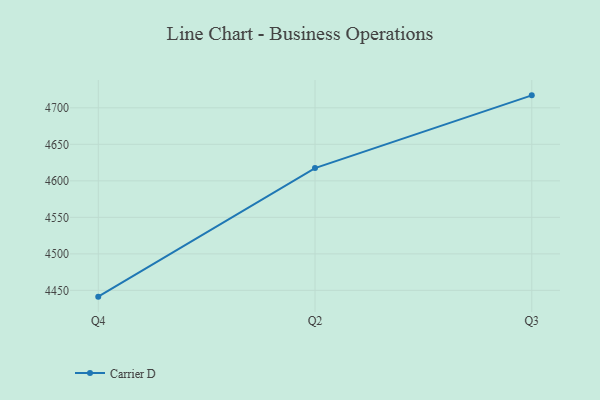
{"axis": {"x": "Quarter", "y": "LTV (USD)"}, "legend": ["Carrier D"], "data": [{"x": "Q4", "y": 4441.4, "type": "Carrier D"}, {"x": "Q2", "y": 4617.5, "type": "Carrier D"}, {"x": "Q3", "y": 4717.1, "type": "Carrier D"}]}